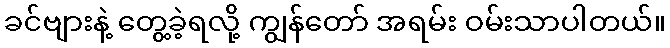
ခင်ဗျားနဲ့ တွေ့ခဲ့ရလို့ ကျွန်တော် အရမ်း ဝမ်းသာပါတယ်။